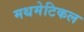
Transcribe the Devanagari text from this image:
मथमेटिकल